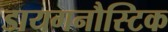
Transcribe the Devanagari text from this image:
डायगनौस्टिक